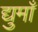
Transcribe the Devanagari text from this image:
द्युमाँ